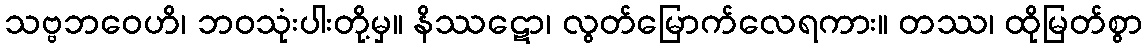
သဗ္ဗဘဝေဟိ၊ ဘဝသုံးပါးတို့မှ။ နိဿဋော၊ လွတ်မြောက်လေရကား။ တဿ၊ ထိုမြတ်စွာ